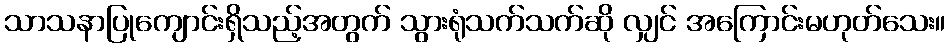
သာသနာပြုကျောင်းရှိသည့်အတွက် သွားရုံသက်သက်ဆို လျှင် အကြောင်းမဟုတ်သေး။